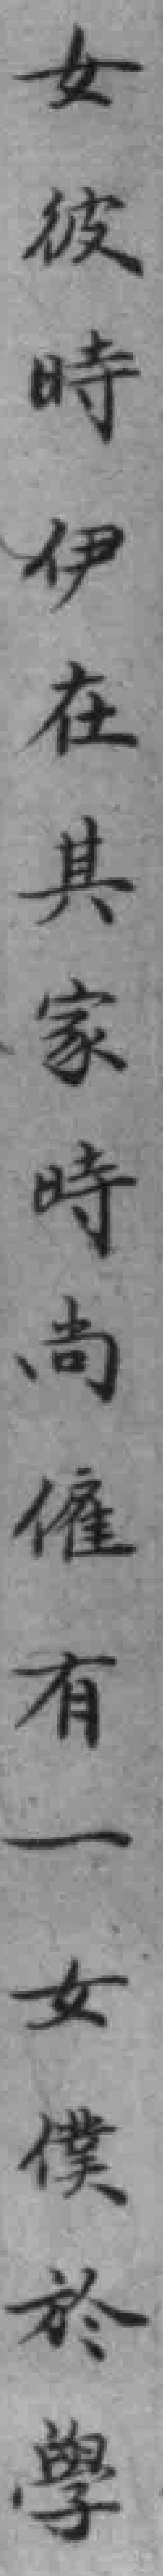
女彼時伊在其家時尚有一女僕於學